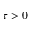
\tau > 0